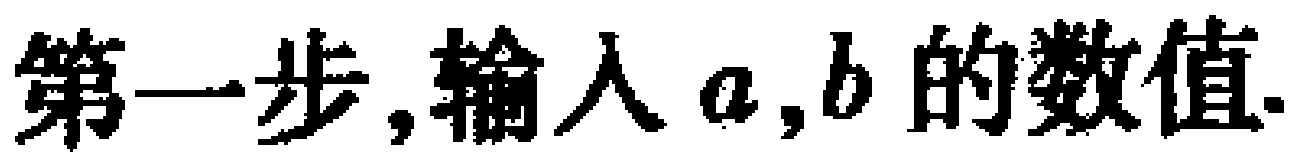
第一步,输入 \(a,b\)的数值.